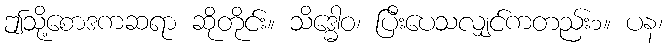
ဤသို့စောဒကဆရာ ဆိုတိုင်း။ သိဒ္ဓေါဝ၊ ပြီးပေသလျှင်ကတည်း၁။ ပန၊